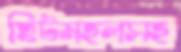
ছিটমহলসহ